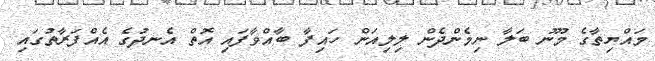
މައްޔިތާގެ މޫނު ބަލާ ނިމެންދެން ލިލިއަން ހައިފާ ބާއްވާފައި އޮތް އެނދުގެ އެއްފަރާތުގައި